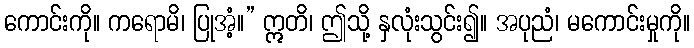
ကောင်းကို။ ကရောမိ၊ ပြုအံ့။” ဣတိ၊ ဤသို့ နှလုံးသွင်း၍။ အပုညံ၊ မကောင်းမှုကို။